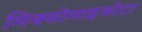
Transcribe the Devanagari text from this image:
मिक्सोमाइकोटा